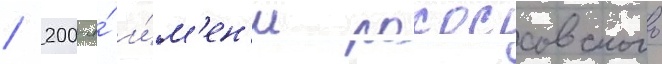
/ 200-я́ и́м'ен'и рокоссовского